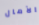
الآمال